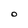
Character: O